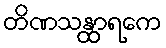
တိဏသန္ထာရကေ